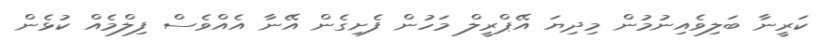
ކަރީނާ ބަލިވެއިނުމުން މިދިޔަ އޭޕްރީލް މަހުން ފެށިގެން އޭނާ އެއްވެސް ފިލްމެއް ކުޅެން